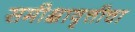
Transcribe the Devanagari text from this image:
समीक्षावृत्तीचा